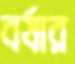
বর্ষার